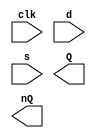
module sdctt(clk, d, s, Q, nQ);
    input       clk, d, s;
    output reg  Q, nQ;

    always@(negedge clk, posedge s)
        if(s == 1'b1) begin
            q <= 1'b1;
            nq <= 1'b0;
        end
        else begin
            q <= d;
            nq <= ~d;
        end
endmodule